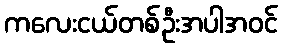
ကလေးငယ်တစ်ဦးအပါအဝင်